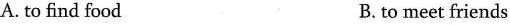
A. to find food B. to meet friends